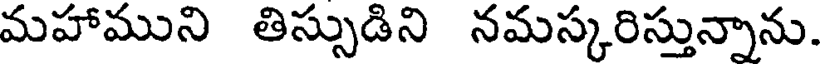
మహాముని తిస్సుడిని నమస్కరిస్తున్నాను.